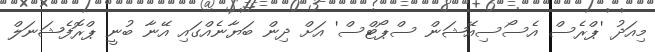
މިއަދު 'ޕްރެސް އެސޯސިއޭޝަން ސްޕޯޓްސް' އަށް ދިން ބަޔާނެއްގައި އޭނާ ބުނީ ޕްރޮފެޝަނަލް